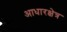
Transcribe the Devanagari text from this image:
आधारक्षेत्र